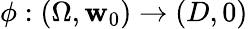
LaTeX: \phi:(\Omega,\mathbf{w}_{0})\to(D,0)